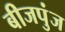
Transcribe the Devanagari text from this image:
बीजपुंज